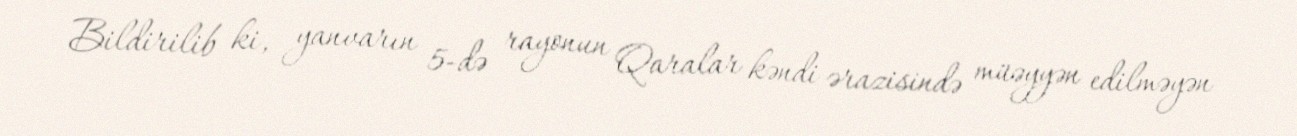
Bildirilib ki, yanvarın 5-də rayonun Qaralar kəndi ərazisində müəyyən edilməyən